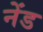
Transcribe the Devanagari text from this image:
नेंड